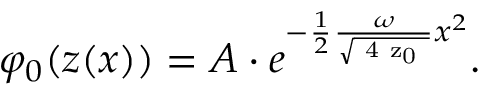
\varphi _ { 0 } ( z ( x ) ) = A \cdot e ^ { - \frac 1 2 \frac { \omega } { \sqrt { \mathrm { \scriptsize ~ 4 ~ z _ { 0 } ~ } } } x ^ { 2 } } .